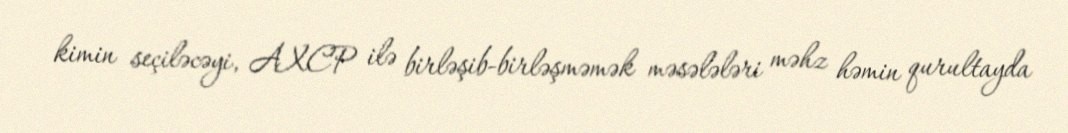
kimin seçiləcəyi, AXCP ilə birləşib-birləşməmək məsələləri məhz həmin qurultayda